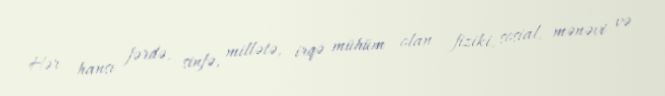
Hər hansı fərdə, sinfə, millətə, irqə mühüm olan fiziki, sosial, mənəvi və